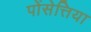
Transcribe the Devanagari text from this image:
पोंसेत्तिया